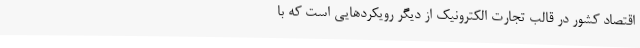
اقتصاد کشور در قالب تجارت الکترونیک از دیگر رویکردهایی است که با